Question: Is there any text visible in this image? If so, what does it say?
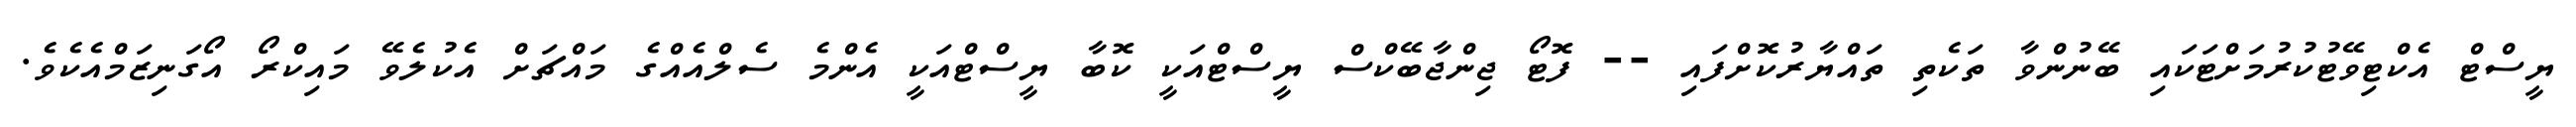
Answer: ޔީސްޓް އެކްޓިވޭޓުކުރުމަށްޓަކައި ބޭނުންވާ ތަކެތި ތައްޔާރުކޮށްފައި -- ފޮޓޯ ޖިންޖާބޭކްސް ޔީސްޓްއަކީ ކޮބާ ޔީސްޓްއަކީ އެންމެ ސެލްއެއްގެ މައްޗަށް އެކުލެވޭ މައިކްރޯ އޯގަނިޒަމްއެކެވެ.